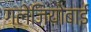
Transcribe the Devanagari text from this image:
ग्लेज़ियोबाई